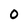
Character: 0